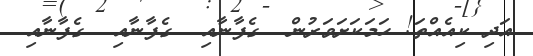
އަދި ކިއެއްތަ! ހަމަކަށަވަރުން  ގެފާނާއި  ގެފާނާއި  ގެފާނާއި